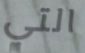
التي